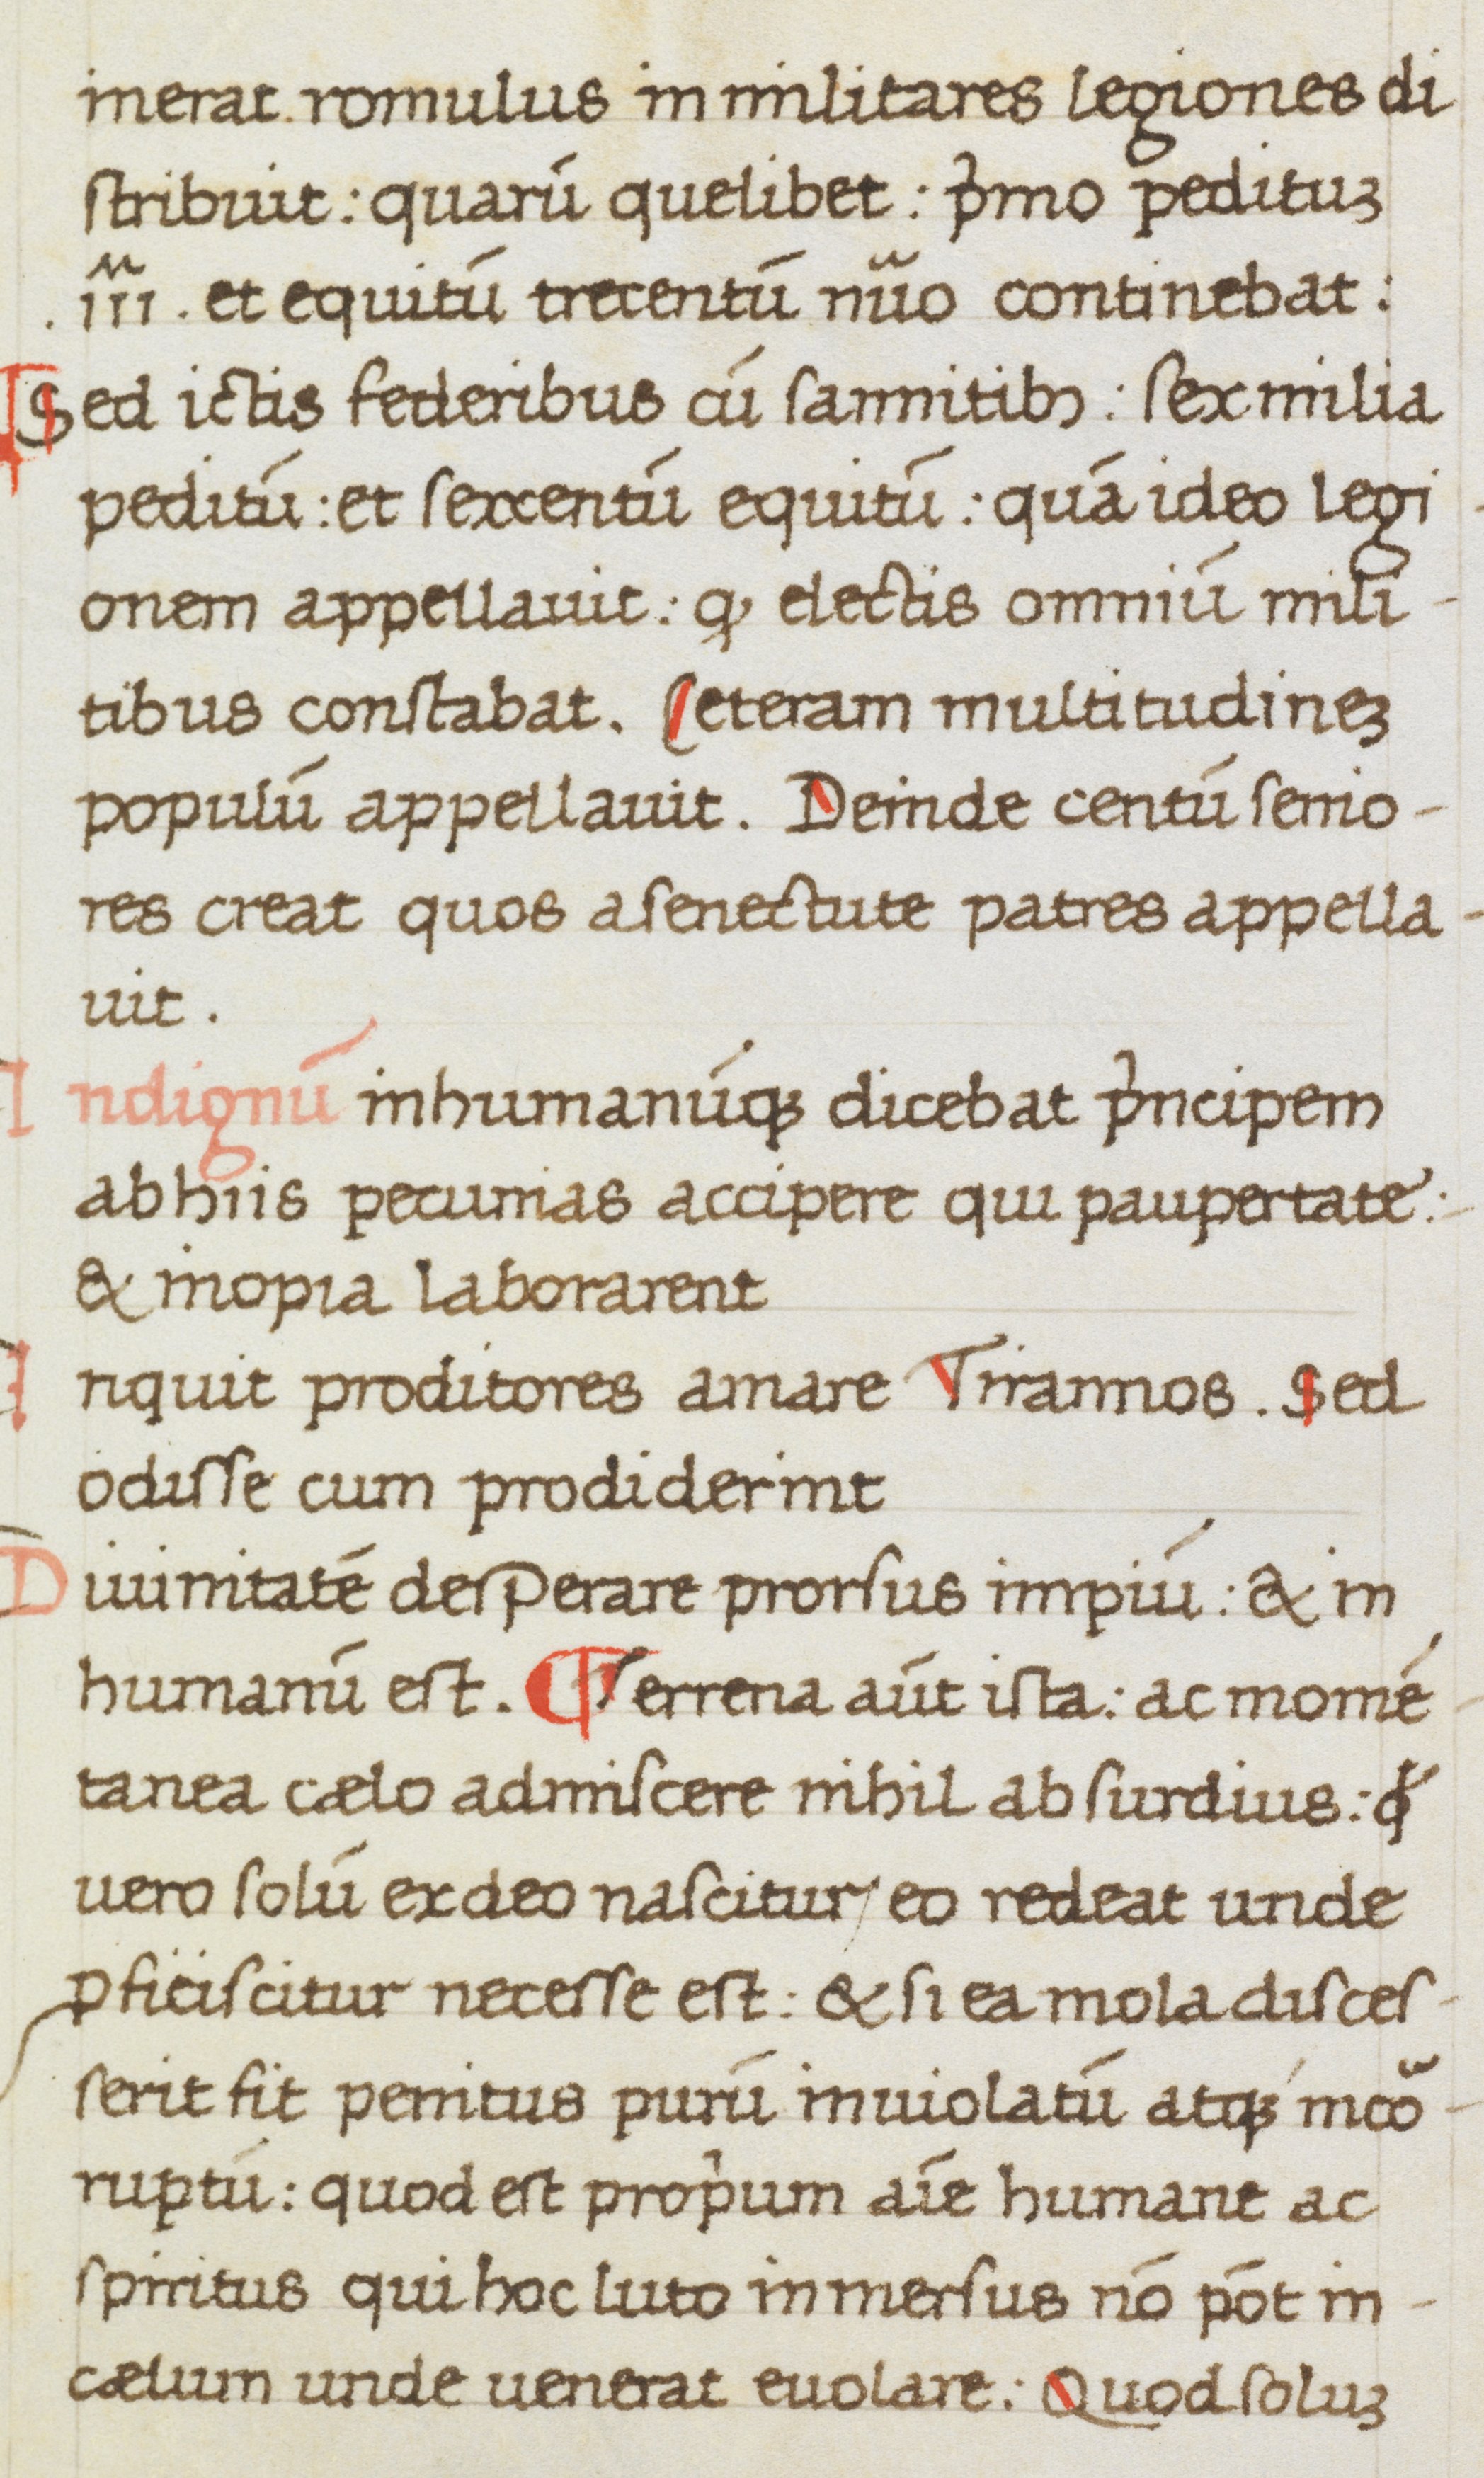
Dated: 1475–1499